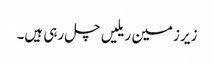
زیر زمین ریلیں چل رہی ہیں۔